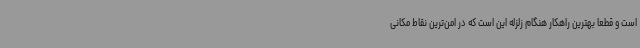
است و قطعا بهترین راهکار هنگام زلزله این است که در امن‌ترین نقاط مکانی